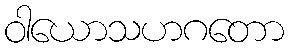
ဝါယောသဟဂတော